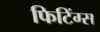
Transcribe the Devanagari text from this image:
फिटिंग्स